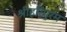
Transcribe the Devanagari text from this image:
श्रीहरिपुरम